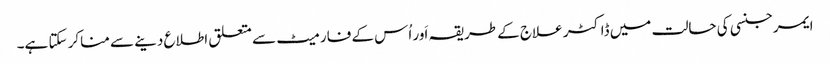
ایمرجنسی کی حالت میں ڈاکٹر علاج کے طریقہ اَور اُس کے فارمیٹ سے متعلق اطلاع دینے سے مناکر سکتا ہے۔